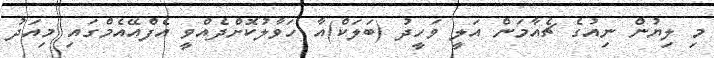
މި ލިޔުން ނިއުގެ ޗެއާމަން އަލީ ވަހީދު (ބަލަކް)އާ ހަވާލުކޮށްދެއްވީ އެފްއޭއެމްގައި މިއަދު